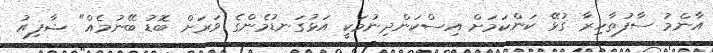
އާންމު ސާފުތާހިރާ ގުޅޭ ކަންކަމަށް އިސްކަންދިނުމަކީ އަޅުގަނޑުމެންގެ ވަރަށް ބޮޑު ބޭނުމެއް" ޝާފިއު